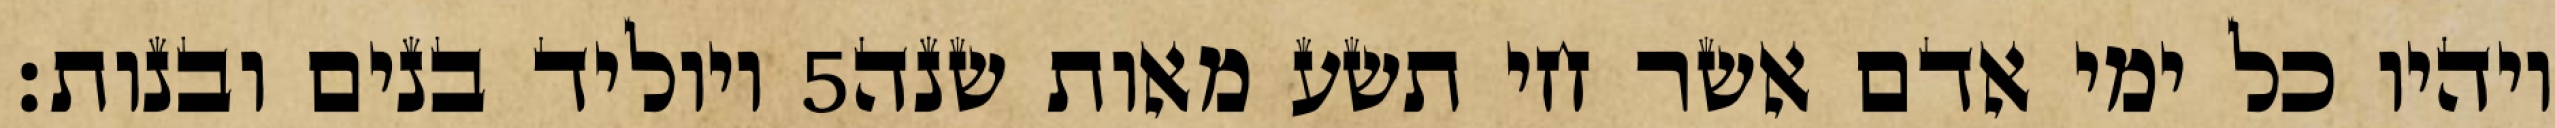
ויוליד בנים ובנות׃ ‎5‏ ויהיו כל ימי אדם אשר חי תשע מאות שנה